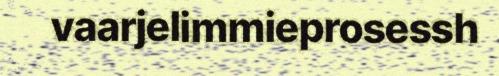
vaarjelimmieprosessh